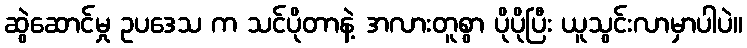
ဆွဲဆောင်မှု ဥပဒေသ က သင်ပိုတာနဲ့ အလားတူစွာ ပိုပိုပြီး ယူသွင်းလာမှာပါပဲ။